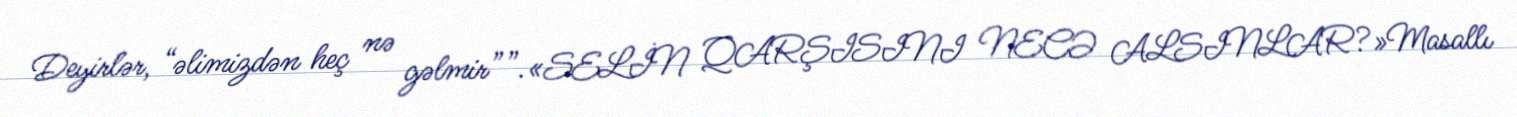
Deyirlər, “əlimizdən heç nə gəlmir””.«SELİN QARŞISINI NECƏ ALSINLAR?»Masallı